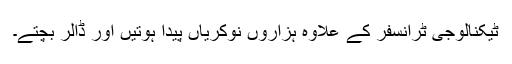
ٹیکنالوجی ٹرانسفر کے علاوہ ہزاروں نوکریاں پیدا ہوتیں اور ڈالر بچتے۔